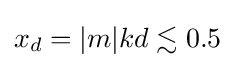
x_{d}=|m|kd\lesssim 0.5